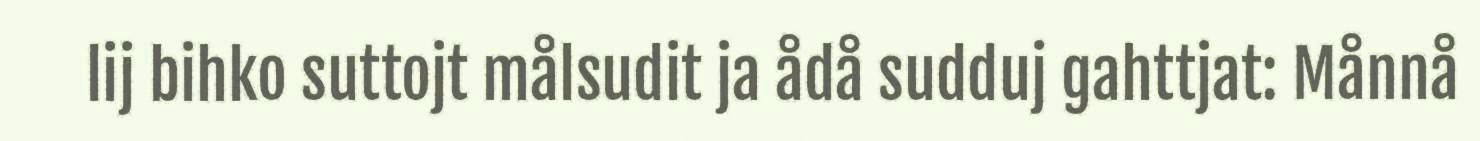
lij bihko suttojt målsudit ja ådå sudduj gahttjat: Månnå